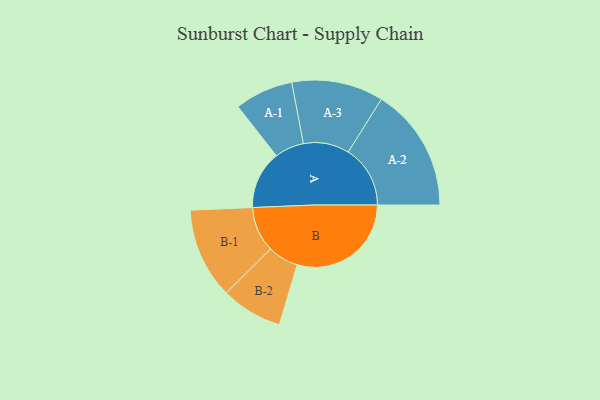
{"axis": {"x": "Segment", "y": "Value"}, "legend": ["", "A", "B"], "data": [{"x": "A", "y": 252, "type": ""}, {"x": "B", "y": 495, "type": ""}, {"x": "A-1", "y": 127, "type": "A"}, {"x": "A-2", "y": 269, "type": "A"}, {"x": "A-3", "y": 199, "type": "A"}, {"x": "B-1", "y": 197, "type": "B"}, {"x": "B-2", "y": 133, "type": "B"}]}